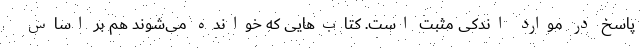
پاسخ در موارد اندکی مثبت است. کتاب‌هایی که خوانده می‌شوند هم بر اساس